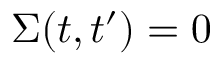
\Sigma ( t , t ^ { \prime } ) = 0